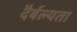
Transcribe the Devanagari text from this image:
दैर्बल्यता